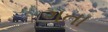
ગતા